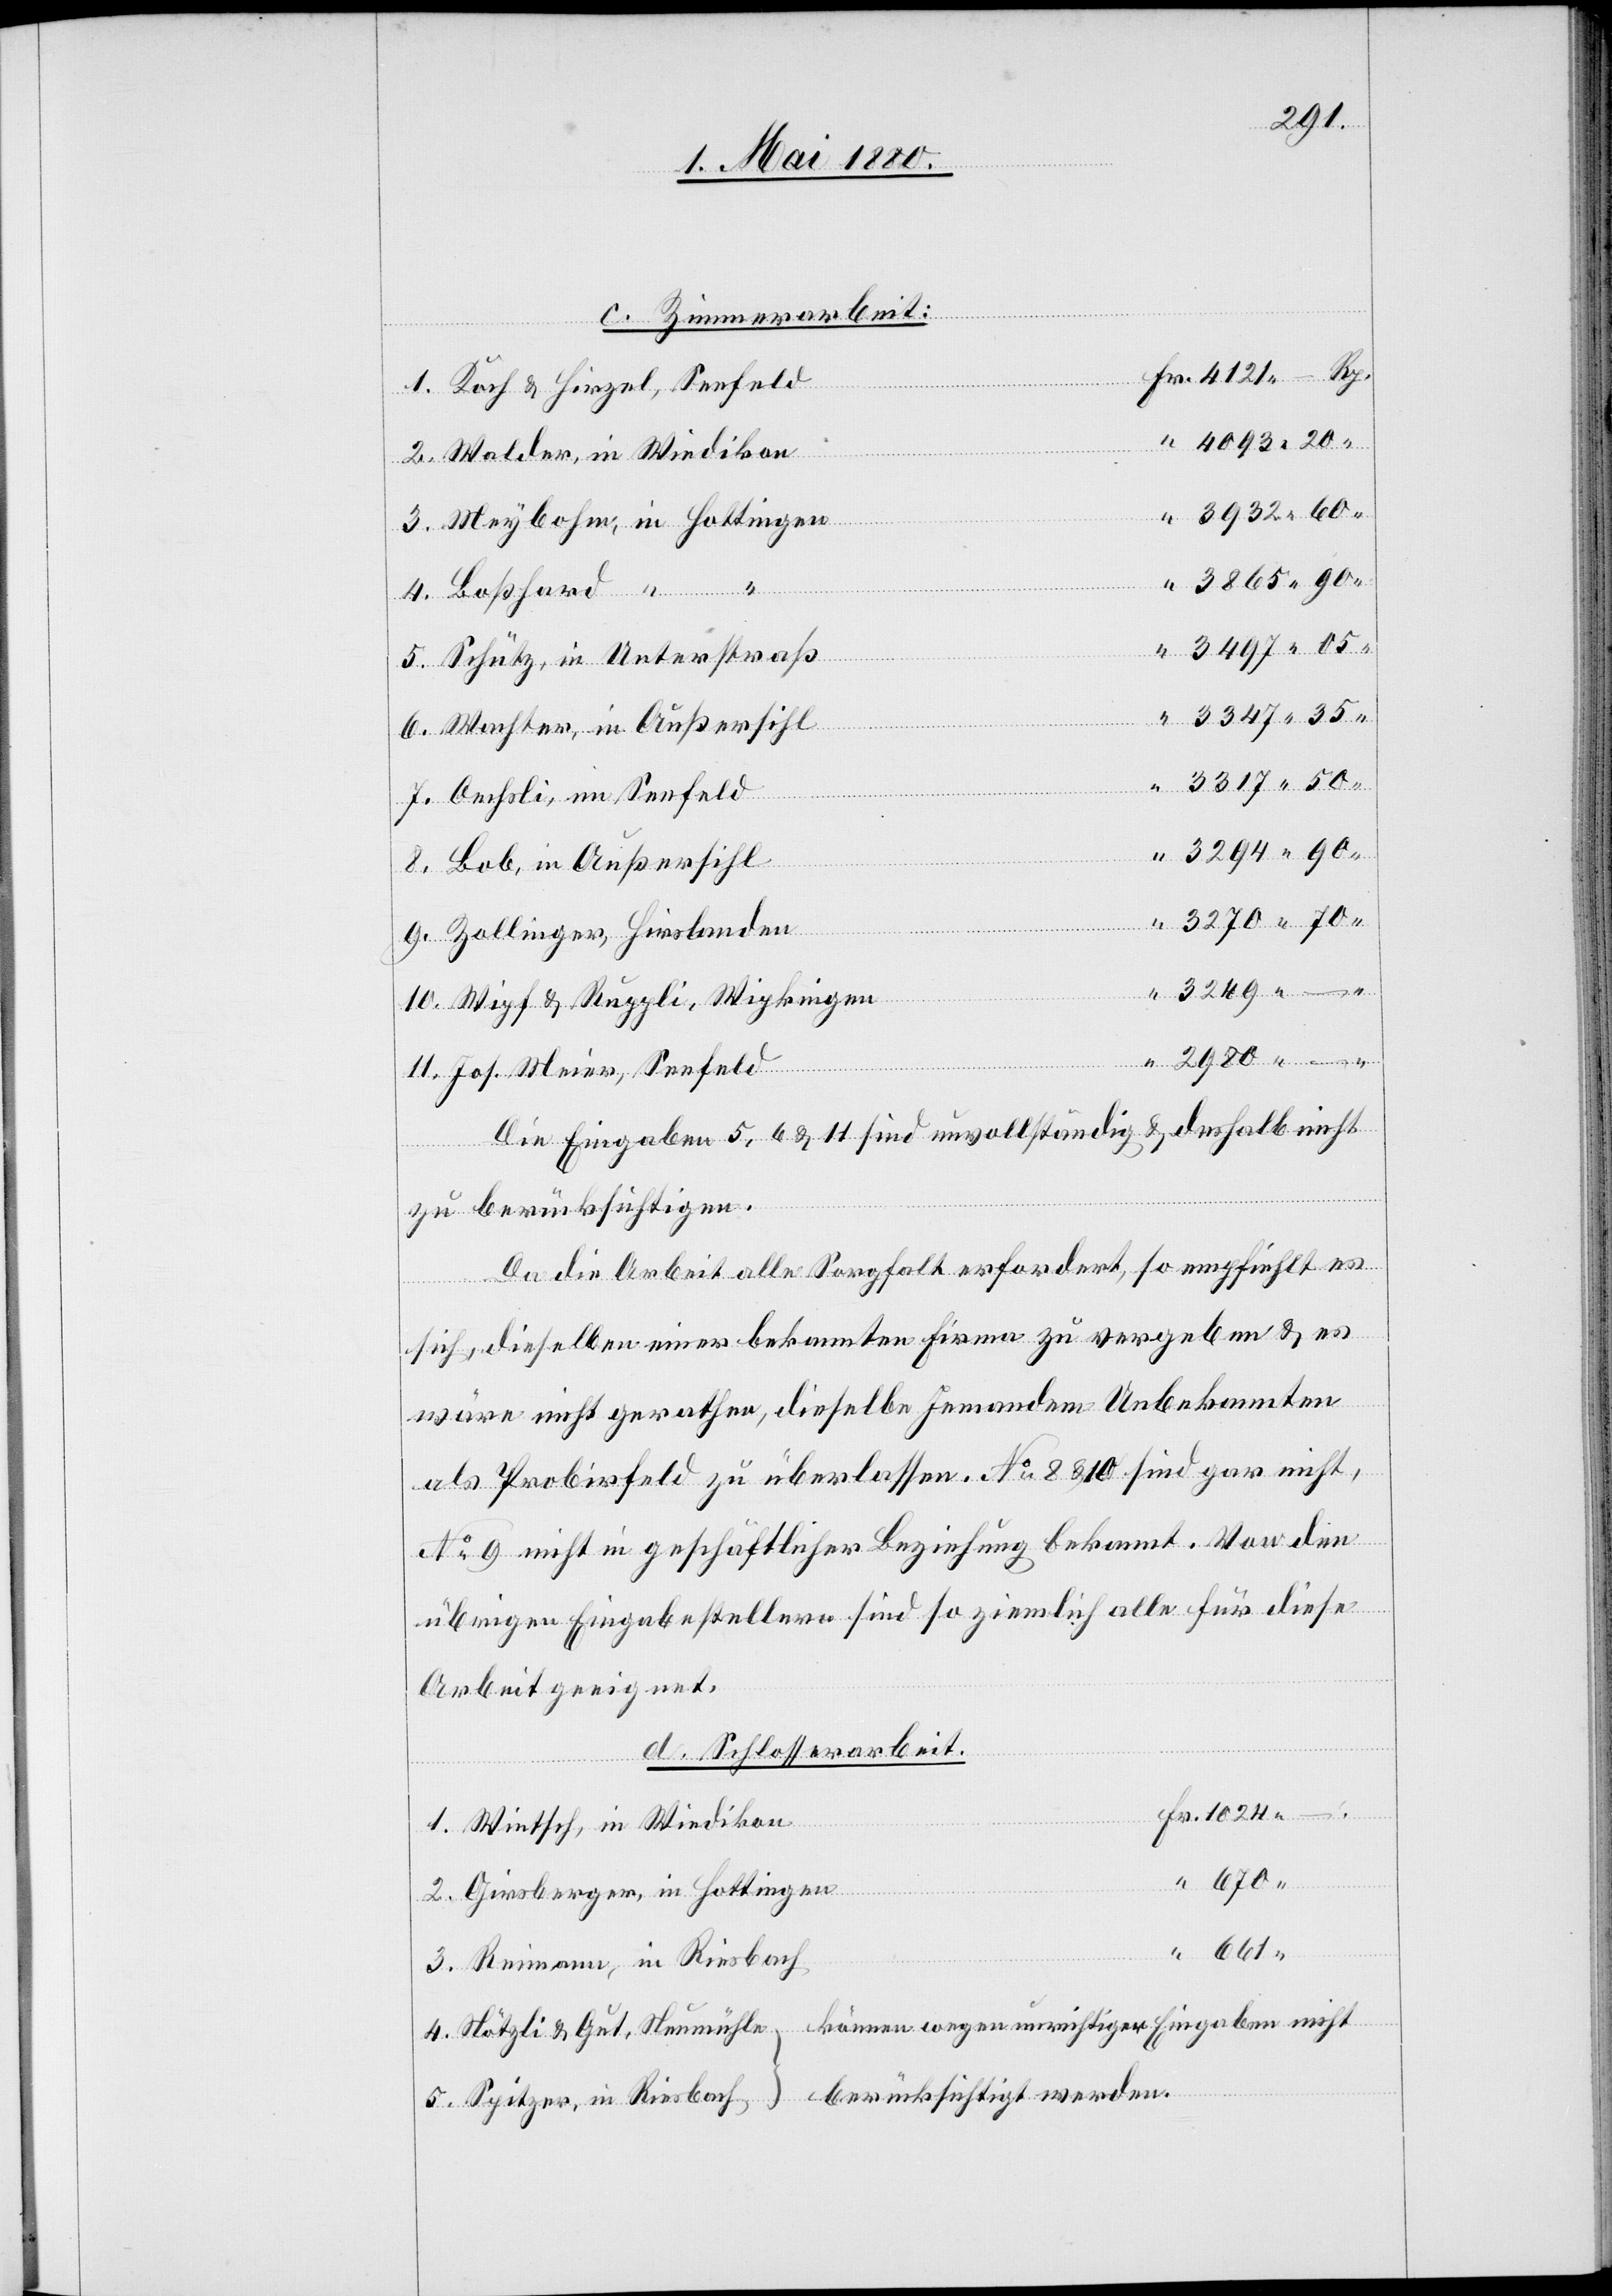
2980.
in
c. Zimmerarbeit:
Koch & Hirzel, Seefeld
670.
4.
Wiedikon
3.
Zollinger, Hirslanden
Wipf & Ruppli, Wipkingen
Jos. Meier, Seefeld
Die Eingaben 5, 6 & 11 sind unvollständig & deshalb nicht
2.
“
zu berücksichtigen.
Da die Arbeit alle Sorgfalt erfordert, so empfiehlt es
.
sich, dieselben einer bekannten Firma zu vergeben & es
wäre nicht gerathen, dieselbe Jemandem Unbekannten
als Probirfeld zu überlassen. No 8 & 10 sind gar nicht,
No 9 nicht in geschäftlicher Beziehung bekannt. Von den
übrigen Eingabestellern sind so ziemlich alle für diese
Arbeit geeignet.
d. Schlosserarbeit
Reimann,
–
661.
können wegen unrichtiger Eingaben nicht
Nötzli & Gut, Neumühle
berücksichtigt werden.